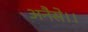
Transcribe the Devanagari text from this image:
अनैसे।।